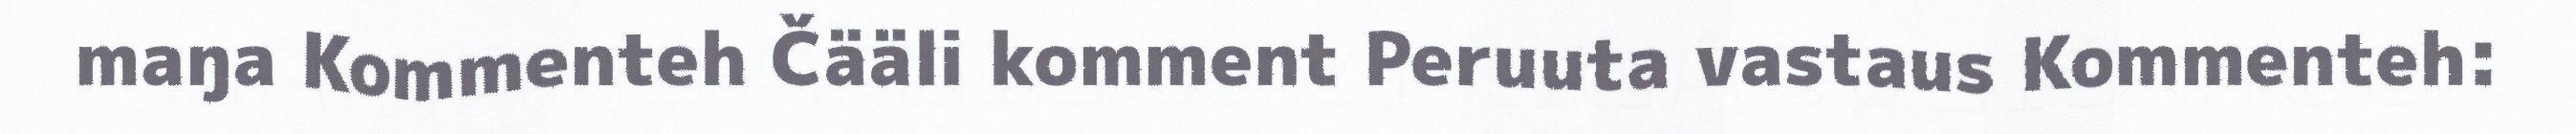
maŋa Kommenteh Čääli komment Peruuta vastaus Kommenteh: